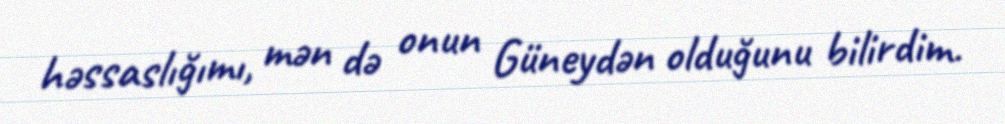
həssaslığımı, mən də onun Güneydən olduğunu bilirdim.